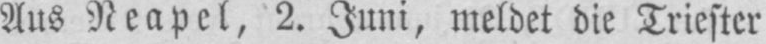
Aus Neapel, 2. Juni, meldet die Triester